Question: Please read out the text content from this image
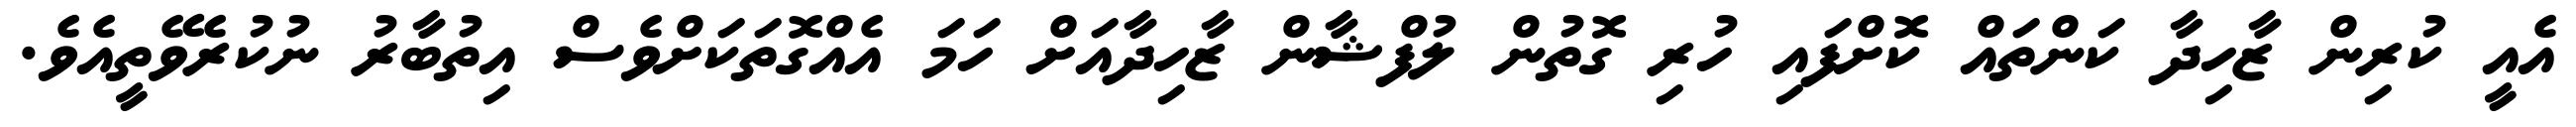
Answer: އެއީ ކުރިން ޒާހިދާ ކަންތައް ކޮށްފައި ހުރި ގޮތުން ލުފްޝާން ޒާހިދާއަށް ހަމަ އެއްގޮތަކަށްވެސް އިތުބާރު ނުކުރެވޭތީއެވެ.